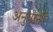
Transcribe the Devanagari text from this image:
अनुपानों